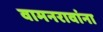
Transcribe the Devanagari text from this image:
वामनरावांना